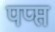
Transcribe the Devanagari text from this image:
पप्प्त